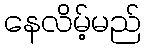
နေလိမ့်မည်